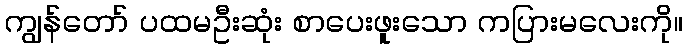
ကျွန်တော် ပထမဦးဆုံး စာပေးဖူးသော ကပြားမလေးကို။